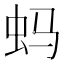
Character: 蚂